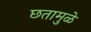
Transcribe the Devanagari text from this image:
छतामुळे